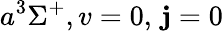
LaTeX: a^{3}\Sigma^{+},v=0,\, \mathbf{j}=0